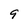
Character: 9